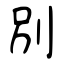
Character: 別